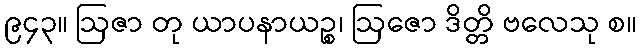
၉၄၃။ ဩဇာ တု ယာပနာယဉ္စ၊ ဩဇော ဒိတ္တိ ဗလေသု စ။